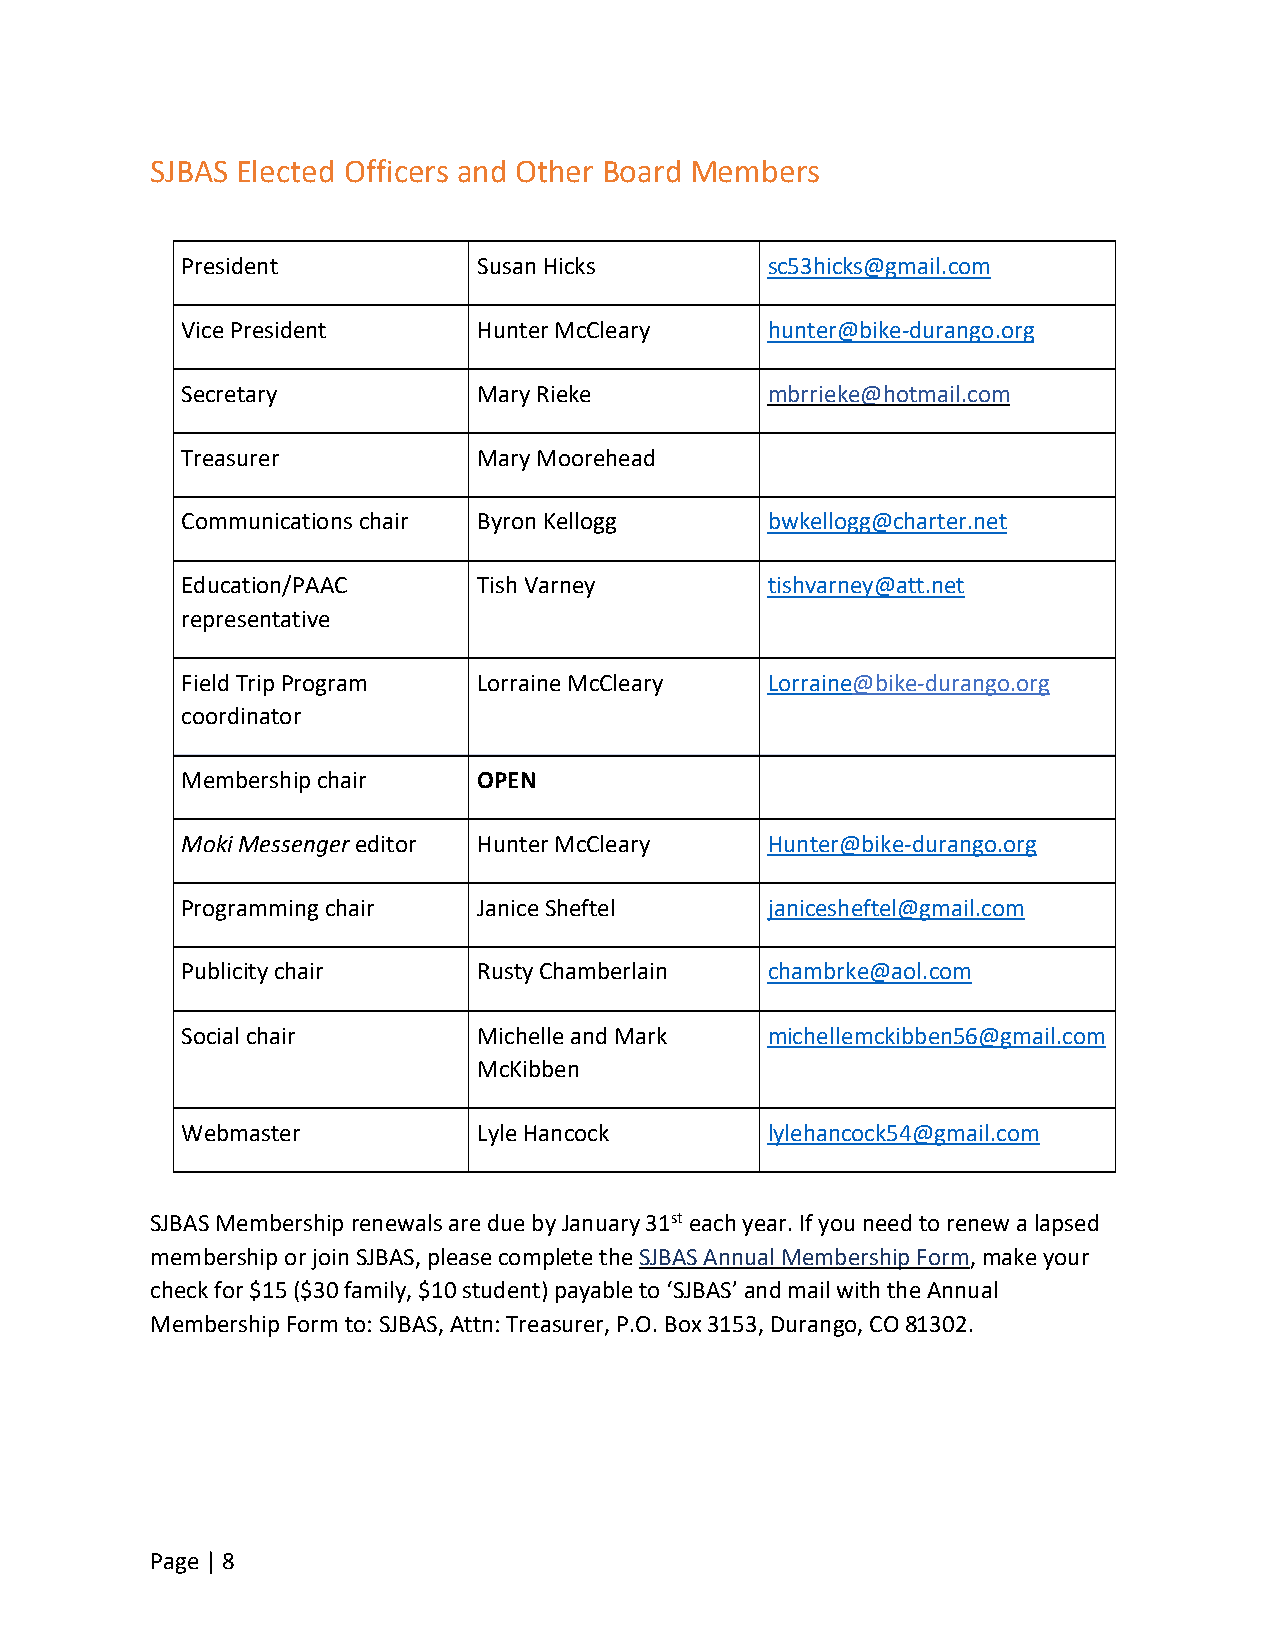
SJBAS Elected Officers and Other Board Members
 President           Susan Hicks        sc53hicks@gmail.com
 Vice President      Hunter McCleary    hunter@bike-durango.org
 Secretary           Mary Rieke         mbrrieke@hotmail.com
 Treasurer           Mary Moorehead
 Communications chair Byron Kellogg     bwkellogg@charter.net
 Education/PAAC      Tish Varney        tishvarney@att.net
 representative
 Field Trip Program  Lorraine McCleary  Lorraine@bike-durango.org
 coordinator
 Membership chair    OPEN
 Moki Messenger editor Hunter McCleary  Hunter@bike-durango.org
 Programming chair   Janice Sheftel     janicesheftel@gmail.com
 Publicity chair     Rusty Chamberlain  chambrke@aol.com
 Social chair        Michelle and Mark  michellemckibben56@gmail.com
 McKibben
 Webmaster           Lyle Hancock       lylehancock54@gmail.com
 SJBAS Membership renewals are due by January 31st each year. If you need to renew a lapsed
 membership or join SJBAS, please complete the SJBAS Annual Membership Form, make your
 check for $15 ($30 family, $10 student) payable to ‘SJBAS’ and mail with the Annual
 Membership Form to: SJBAS, Attn: Treasurer, P.O. Box 3153, Durango, CO 81302.
 Page | 8